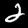
Digit: 2